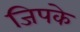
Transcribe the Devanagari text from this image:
जिपके